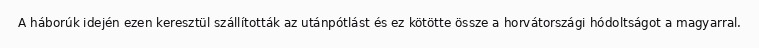
A háborúk idején ezen keresztül szállították az utánpótlást és ez kötötte össze a horvátországi hódoltságot a magyarral.